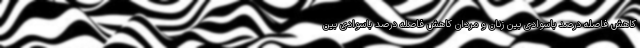
کاهش فاصله درصد باسوادی بین زنان و مردان کاهش فاصله درصد باسوادی بین